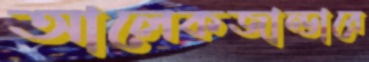
আলেকজান্ডারে